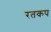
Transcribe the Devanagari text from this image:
रतकप